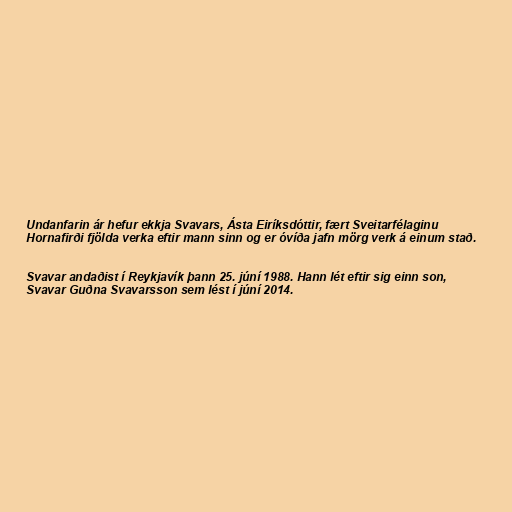
Undanfarin ár hefur ekkja Svavars, Ásta Eiríksdóttir, fært Sveitarfélaginu
Hornafirði fjölda verka eftir mann sinn og er óvíða jafn mörg verk á einum stað.

Svavar andaðist í Reykjavík þann 25. júní 1988. Hann lét eftir sig einn son,
Svavar Guðna Svavarsson sem lést í júní 2014.